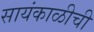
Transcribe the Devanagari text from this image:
सायंकाळीची